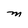
Character: M